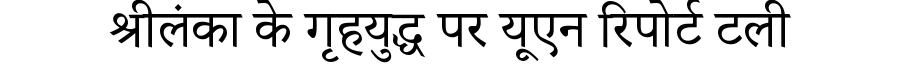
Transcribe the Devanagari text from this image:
श्रीलंका के गृहयुद्ध पर यूएन रिपोर्ट टली